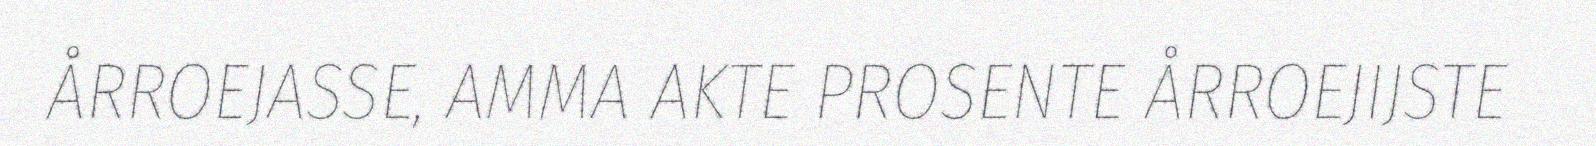
ÅRROEJASSE, AMMA AKTE PROSENTE ÅRROEJIJSTE